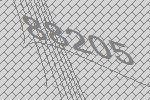
88205